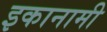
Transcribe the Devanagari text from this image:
इकानामी